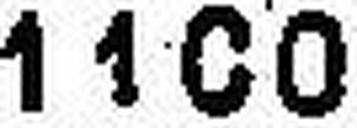
1100